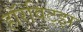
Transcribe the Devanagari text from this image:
हॉरविट्झ